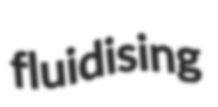
fluidising